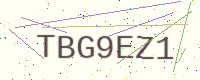
Text: TBG9EZ1